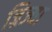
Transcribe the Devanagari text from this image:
ज्रिज्या